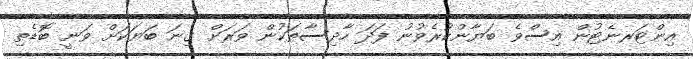
އިންޓަރނެޓުން އިސްވެ ބަޔާންކުރެވުނު ފަދަ ހާދިސާތަކުން ވަރަށް ގިނަ ބަޔަކަށް ވަނީ ބޮޑެތި